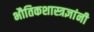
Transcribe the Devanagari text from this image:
भौतिकशास्त्रज्ञांनी